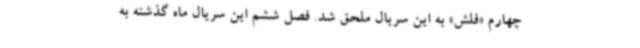
چهارم «‌فلش» به این سریال ملحق شد. فصل ششم این سریال ماه گذشته به